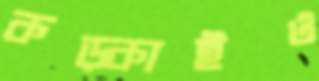
কড়্‌কাইও